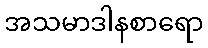
အသမာဒါနစာရော